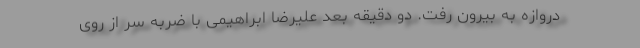
دروازه به بیرون رفت. دو دقیقه بعد علیرضا ابراهیمی با ضربه سر از روی